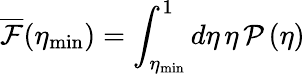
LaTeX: \overline{{\mathcal{F}}}(\eta_{\mathrm{min}})=\int_{\eta_{\mathrm{min}}}^{1}d\eta\, \eta\, \mathcal{P}\left(\eta\right)